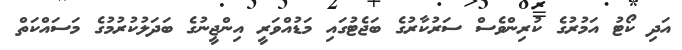
އަދި ކޯޓު އަމުރުގެ ކުރިންވެސް ސަރުކާރުގެ ބަޖެޓުގައި މަޑުއްވަރީ އިންޖީނުގެ ބަދަލުކުރުމުގެ މަސައްކަތް